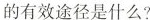
的有效途径是什么?